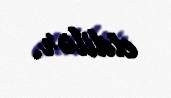
etdilər.